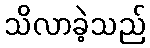
သိလာခဲ့သည်